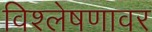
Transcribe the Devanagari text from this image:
विश्लेषणावर